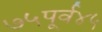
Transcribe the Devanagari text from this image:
७५पूर्व४५